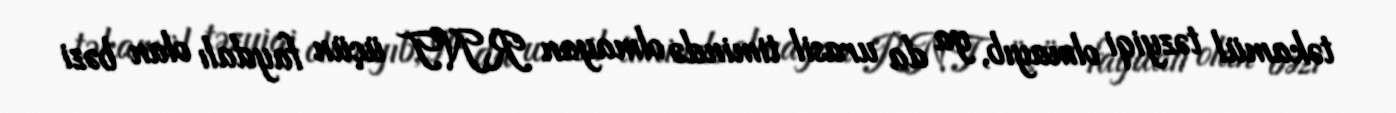
təkamül təzyiqi olmayıb, ya da urasil timində olmayan RNT üçün faydalı olan bəzi